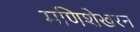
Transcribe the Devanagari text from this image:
मणिशेखरन